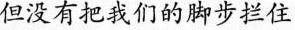
但没有把我们的脚步拦住